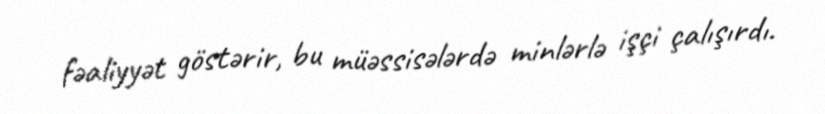
fəaliyyət göstərir, bu müəssisələrdə minlərlə işçi çalışırdı.